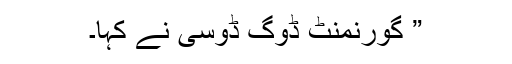
” گورنمنٹ ڈوگ ڈوسی نے کہا۔